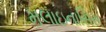
મલાઇનાસિસ